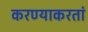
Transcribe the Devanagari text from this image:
करण्याकरतां